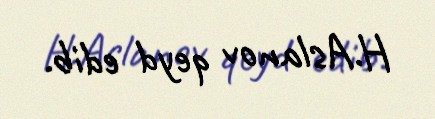
H.Aslanov qeyd edib.